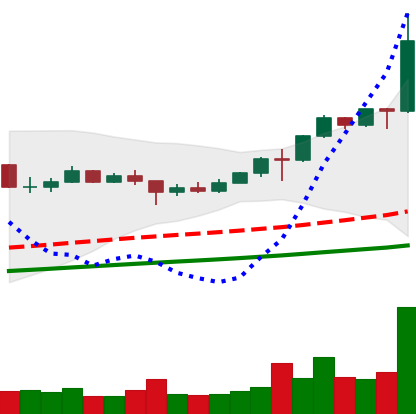
Ticker: LINK-USD
Chart end date: 2020-08-08
Forward return: 36.541%
Label: up_7plus